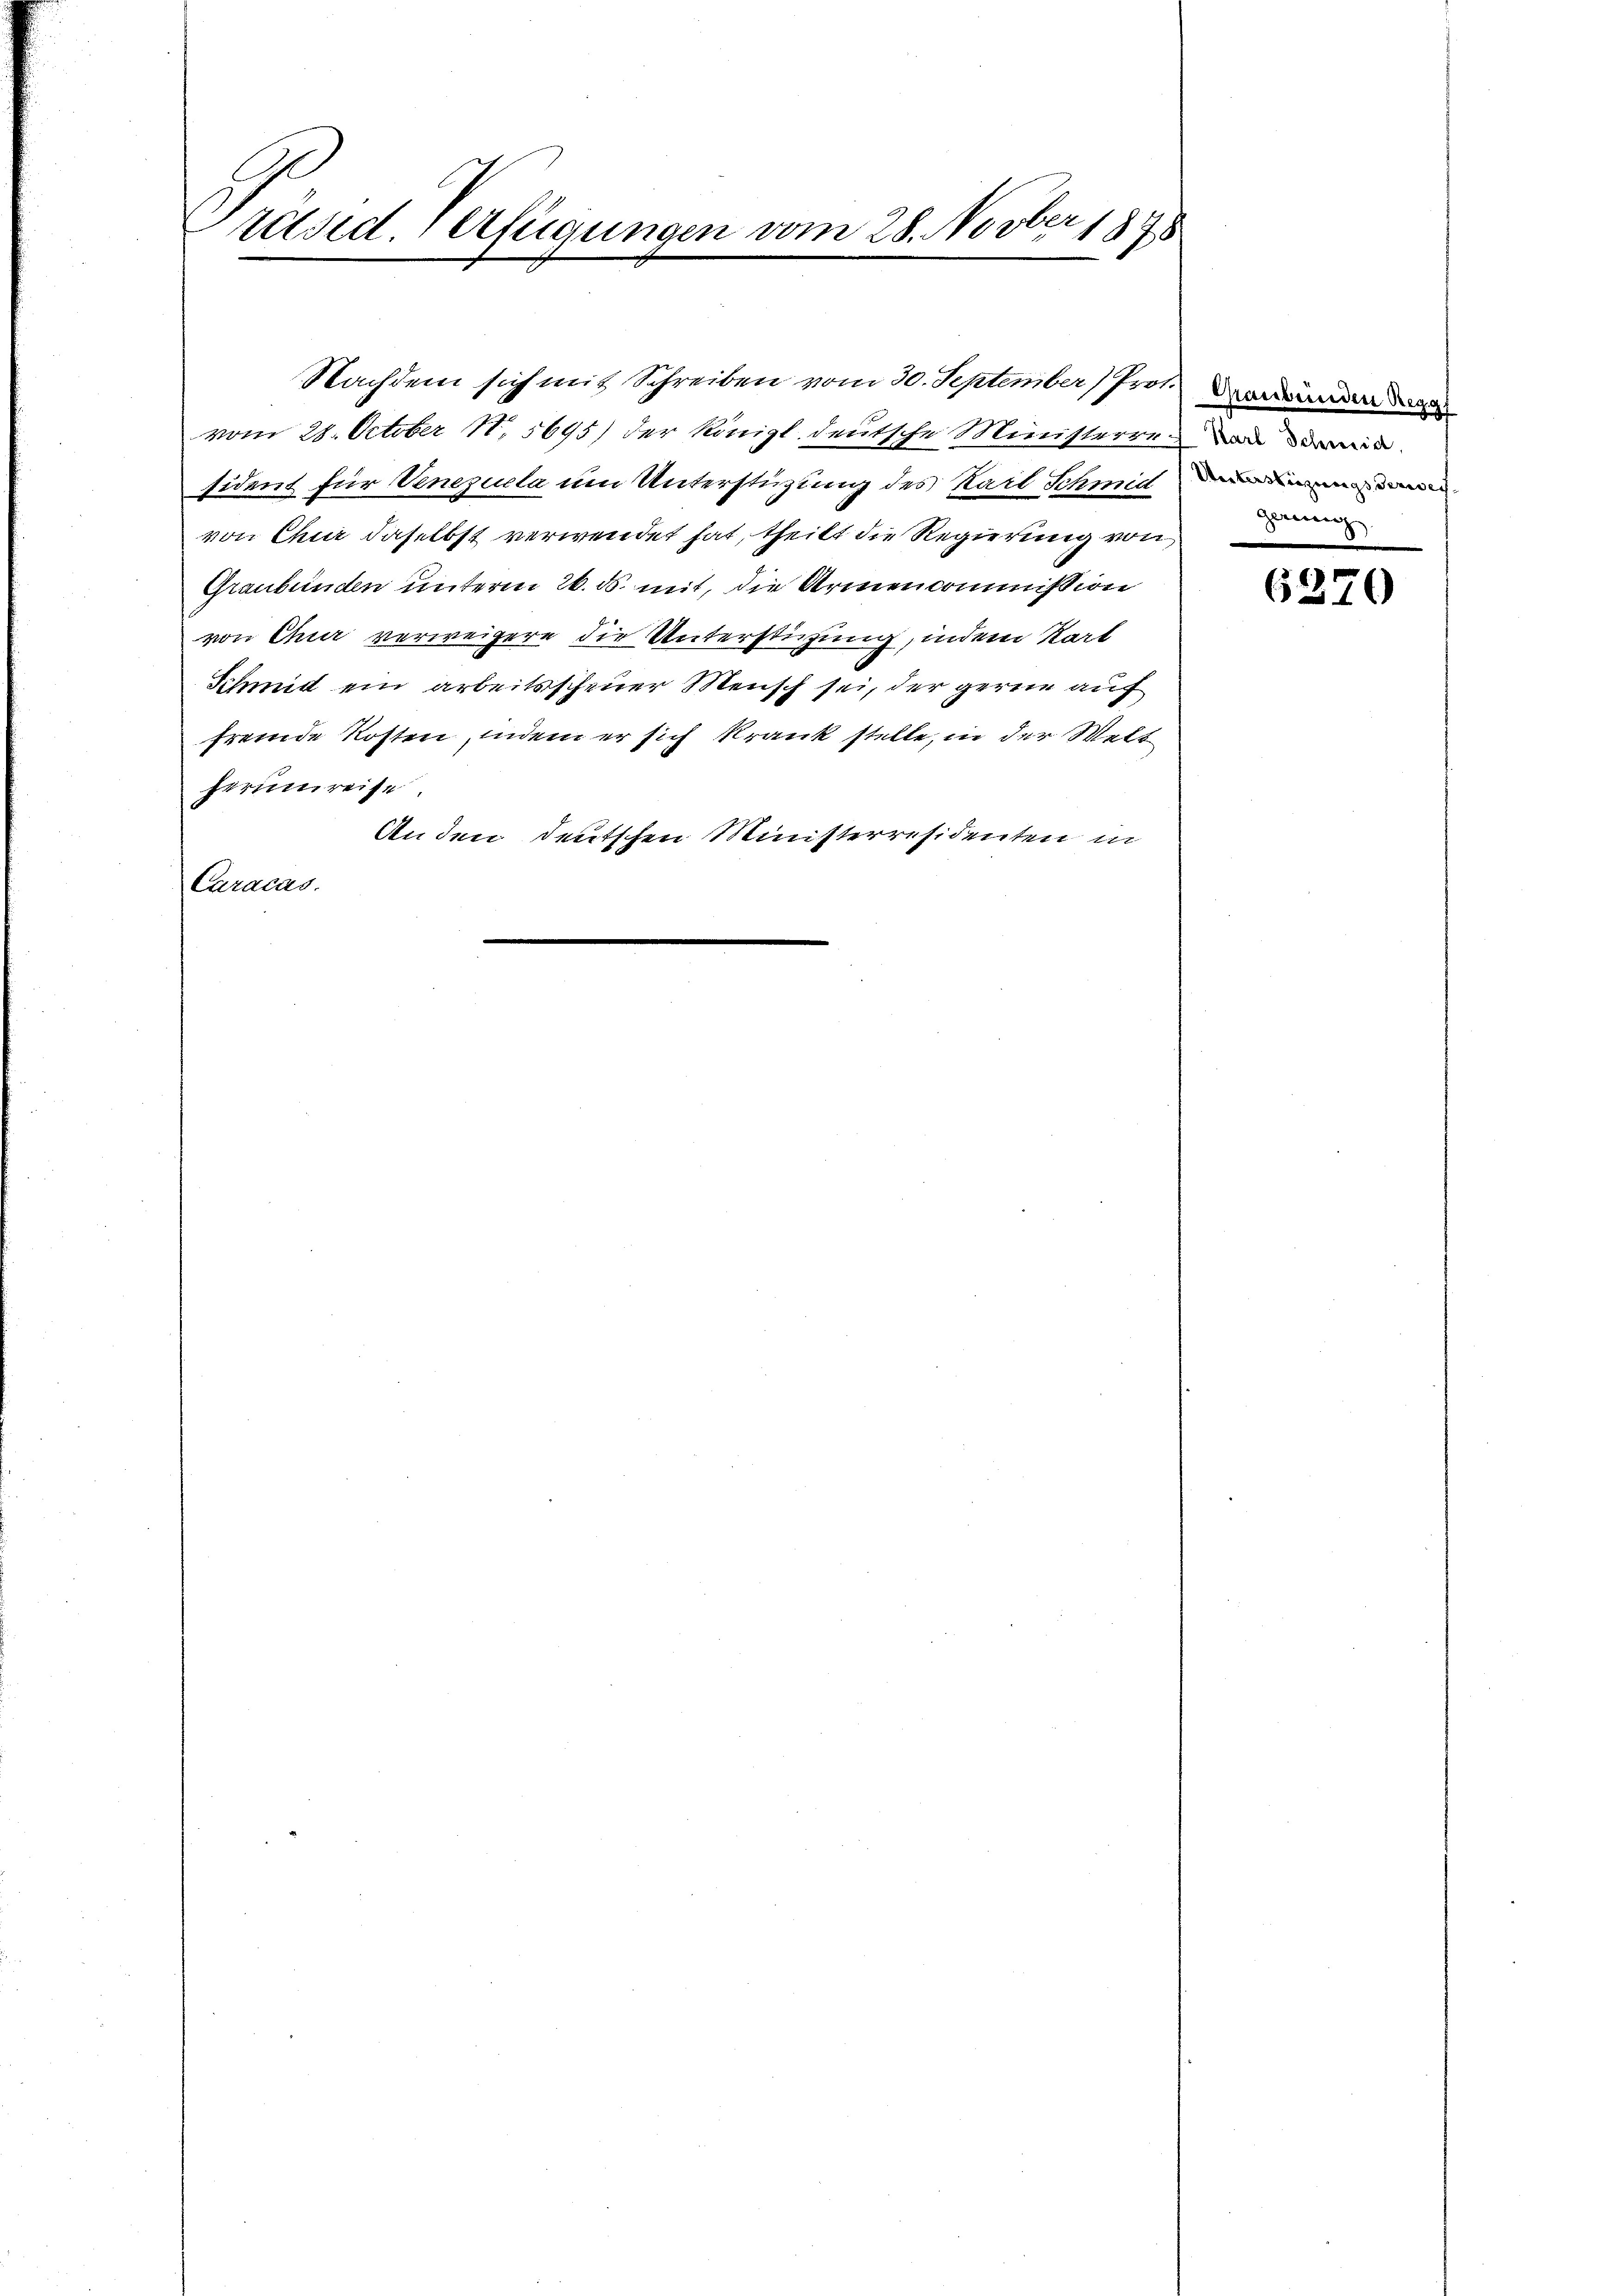
E
räsid. erfügungen vom 28. Novbr. 1848

vom 28. October 185695) der Königl. deutsche Ministerer d
sident für Venezuela um Unterstützung des Karl Schmid
von Chur daselbst verwendet hat, theilt die Regierung von
Graubünden unterm 26. ds. mit, die Armencommission
von Chur verweigere die Unterstüzung, indem Kart
Schmidt ein arbeitsscheuer Mensch sei, der gerne auf
fremde Kosten, indem er sich krank stelle, in der Welt
herumreise.
Anden deutschen Ministerresidenten in
Caracas.

Nachdem sich mit Schreiben vom 30. September (Prof. Brand

Unterstüzungs derses.
gaeng

6270